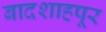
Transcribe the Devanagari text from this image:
बादशाहपूर